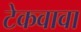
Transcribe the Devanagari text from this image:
टेकवावा